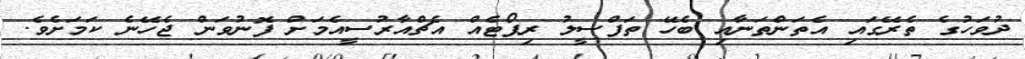
ދުވަހުގެ ތެރޭގައި އެތަންތަނާއި ބެހޭ ތަފްސީލު ރިޕޯޓެއް އެޗްއާރުސީއެމަށް ފޮނުވަން ޖެހޭނެ ކަމަށެވެ.